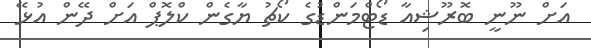
އަށް ނޫނީ ބޮރޫޝިއާ ޑޯޓްމަންޑުގެ ކޯޗު ޔާގެން ކްލޮޕް އަށް ދޭން އުޅޭ